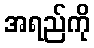
အရည်ကို